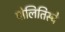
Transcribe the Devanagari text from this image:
पोलितिस्चे